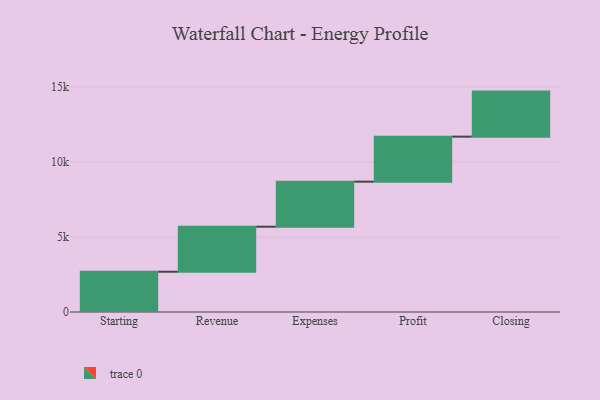
{"axis": {"x": "Step", "y": "Value"}, "legend": [""], "data": [{"x": "Starting", "y": 2683.0, "type": ""}, {"x": "Revenue", "y": 3000, "type": ""}, {"x": "Expenses", "y": 3000, "type": ""}, {"x": "Profit", "y": 3000, "type": ""}, {"x": "Closing", "y": 3000, "type": ""}]}